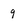
Character: 9